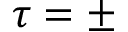
\tau = \pm